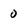
Character: 0